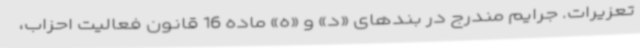
تعزیرات. جرایم مندرج در بندهای «د» و «ه» ماده 16 قانون فعالیت احزاب،